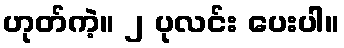
ဟုတ်ကဲ့။ ၂ ပုလင်း ပေးပါ။